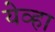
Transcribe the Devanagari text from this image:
येव्हा